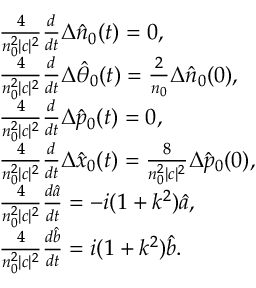
\begin{array} { r l } & { \frac { 4 } { n _ { 0 } ^ { 2 } | c | ^ { 2 } } \frac { d } { d t } \Delta \hat { n } _ { 0 } ( t ) = 0 , } \\ & { \frac { 4 } { n _ { 0 } ^ { 2 } | c | ^ { 2 } } \frac { d } { d t } \Delta \hat { \theta } _ { 0 } ( t ) = \frac { 2 } { n _ { 0 } } \Delta \hat { n } _ { 0 } ( 0 ) , } \\ & { \frac { 4 } { n _ { 0 } ^ { 2 } | c | ^ { 2 } } \frac { d } { d t } \Delta \hat { p } _ { 0 } ( t ) = 0 , } \\ & { \frac { 4 } { n _ { 0 } ^ { 2 } | c | ^ { 2 } } \frac { d } { d t } \Delta \hat { x } _ { 0 } ( t ) = \frac { 8 } { n _ { 0 } ^ { 2 } | c | ^ { 2 } } \Delta \hat { p } _ { 0 } ( 0 ) , } \\ & { \frac { 4 } { n _ { 0 } ^ { 2 } | c | ^ { 2 } } \frac { d \hat { a } } { d t } = - i ( 1 + k ^ { 2 } ) \hat { a } , } \\ & { \frac { 4 } { n _ { 0 } ^ { 2 } | c | ^ { 2 } } \frac { d \hat { b } } { d t } = i ( 1 + k ^ { 2 } ) \hat { b } . } \end{array}